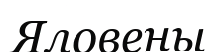
Яловены